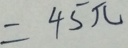
= 4 5 \pi